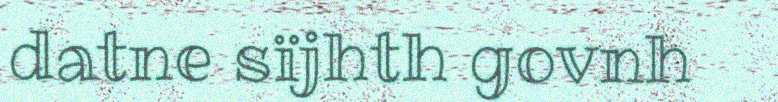
datne sïjhth govnh